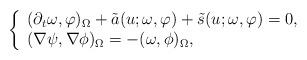
LaTeX: \begin{align*} \left\{\begin{array}{ll}\displaystyle (\partial_t{\omega},\varphi )_\Omega + \tilde{a}(u;\omega,\varphi) + \tilde{s}(u;\omega,\varphi) = 0, \\(\nabla\psi, \nabla \phi)_\Omega = -(\omega, \phi)_\Omega,\end{array}\right.\end{align*}